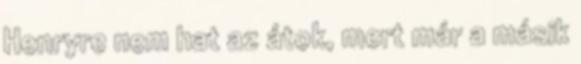
Henryre nem hat az átok, mert már a másik